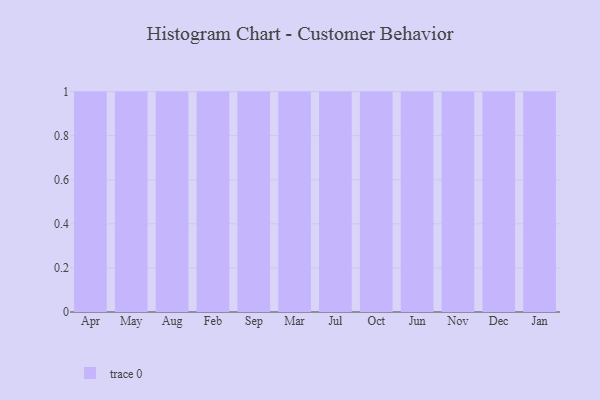
{"axis": {"x": "Month", "y": "Backlog"}, "legend": [""], "data": [{"x": "Apr", "y": 32, "type": ""}, {"x": "May", "y": 56, "type": ""}, {"x": "Aug", "y": 12, "type": ""}, {"x": "Feb", "y": 3, "type": ""}, {"x": "Sep", "y": 16, "type": ""}, {"x": "Mar", "y": 8, "type": ""}, {"x": "Jul", "y": 52, "type": ""}, {"x": "Oct", "y": 38, "type": ""}, {"x": "Jun", "y": 15, "type": ""}, {"x": "Nov", "y": 12, "type": ""}, {"x": "Dec", "y": 97, "type": ""}, {"x": "Jan", "y": 25, "type": ""}]}